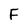
Character: F